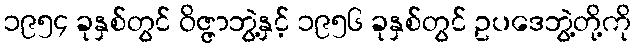
၁၉၅၄ ခုနှစ်တွင် ဝိဇ္ဇာဘွဲ့နှင့် ၁၉၅၆ ခုနှစ်တွင် ဥပဒေဘွဲ့တို့ကို